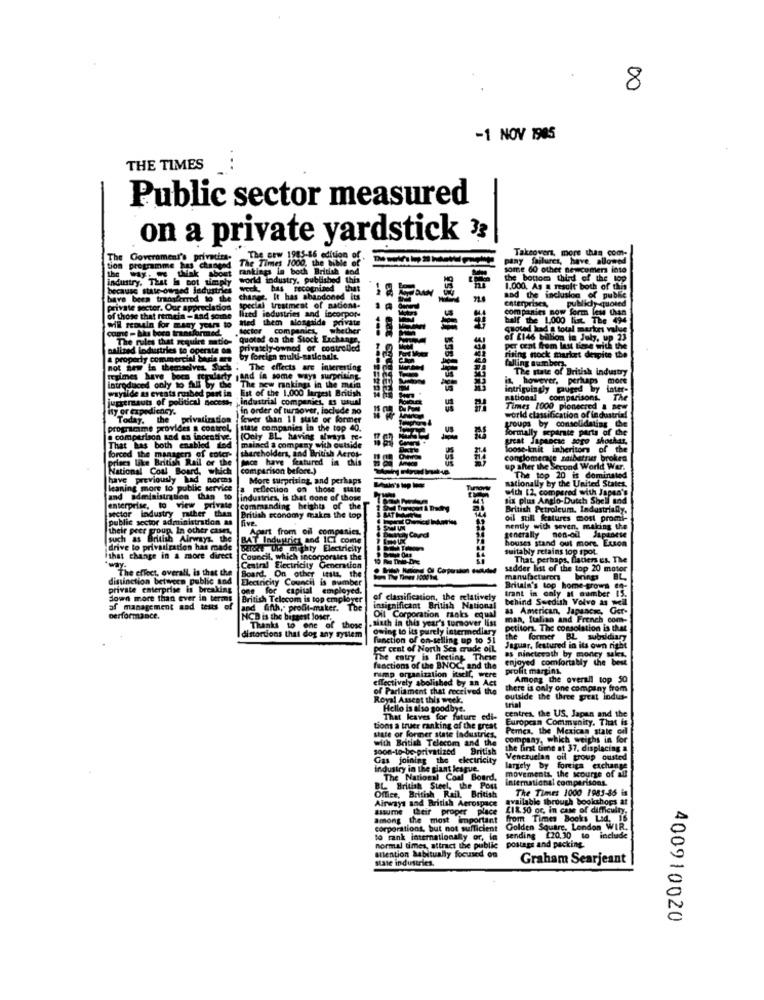
8
-1 NOV 1985
THE TIMES
Public sector measured
on a private yardstick 33
The Bew 1985-16 edition
Takeovers, more than com-
The Government's privatin.
The
pany failures, have. allowed
tion programme has changed
the way. we think about
The Times 1000, the bible
rankings in both British sod
some 60 other newcomer into
industry. That Is cot timply
world industry, published this
the bottom third of the top
because state-owned Jedustries
WodL bas recognined that
1.000, As a result both of this
bave been transferred to the change. it has abandoned its
ER
nad the inclusion of public
enterprises,
publidy-quoted
private sector. Our appreciation
special treatment of nations-
companies now form leu thap
of those that remain -and some
lized industries and incorpor-
Med them alongside private
half the 1,000 list. The 494
come - bas boro transformed
will remain for many years to
docter companies,
whether
---
quoted had a total merkes value
The rules that require natio- quoted on the Stock Exchange,
of [146 billion in July, up 23
palized lodustries to operate on
ivately -owned of controlled
per cent from last time with the
a properly commercial bade are
by foreign multi-nationals.
rising nock market despite the
falling number).
not Sew in themselves Such
The effects are interesting
The state of British industry
regimes have been regularly ,and in some ways surprising
it however, perhaps more
wayalde as events rushed part in Est of the 1.000 largest British
introduced only to All by the "The new makings in the main
intriguingly puged by inter-
jugeraauts of political necess, industrial companies, as usual
national comparison
The
Ny or expediency.
iin order of turnover, include no
Times 1000 pioneered & new
world classification of industrial
Today, the privatization
fewer than 11 state or former
programme provides a control,
state companies in the top 40.
groups by consolidating the
formally separate parts of the
a comparison and an incentive.
(Only BL, having always Me-
great Japascac soro shoshar,
That has both enabled find
shareholders, and British Aeros-
mained & company with outside
loose-knit inheritors of the
forced the manager of color-
prises like British Rail or the
face have featured in this
assi sil ussiisis ss ssss
conglomerate zaiberrus broken
National Coal Board, which
comparison before.)
up after the Second World War.
have previously had norms
More surprising, and perhaps
nationally by the United States,
The top 20 is dominated
leaning more to public service
a reflection on those state
with [2, compared with Japan's
and administration than to
industries, is that none of those
six plus Anglo-Dutch Shell and
enterprise, to view private
sector industry rather than
commanding height of the
British Economy makra the top
British Petroleum. Industrialy.
public sector administration as
five.
oil still features most promi-
their peer group. In other cases,
Apart from oil companies,
generally nen-oil Japanese
mently with seven, making the
such as British
Ardish Airways the
BAT Industrict and ICI come
houses stand out more. Exson
drive lo privatization has made
DETokE The mighty Electricity
suitably retains top spot
that change in a more direct
Council, which incorporates the
That perhaps, flatiers es. The
way.
The effect, overall, is that the
Central Electricity Generation
sadder list of the top 20 motor
distinction between public and
Board. On other Its4, the
manufacturers
private enterprise is breaking
one for capital employed.
Council
Britain's top home-grown en-
trant in only a number 15.
down more than ever in terms
British Telecom is top employs
of classification, the relatively
behind Swedish Volvo as we
of management and tests of
and finth," profit-maker. The
insignificant British National
as American, Japanese, Ger-
performance.
NCD is the biggest loser.
,siuch in this year's turnover list
Oil Corporation maks equal
man, Italian and French com-
Thanks to one of those
owing to its purely intermediary
petiton The consolation is that
distortions that dog any system
fanction of on-selling up to 51
the former BL subsidiary
per cent of North Sea crude oil
Jaguar, featured in its own right
The entry is fleeting These
enjoyed comfortably the best
es ninctesath by moncy sais.
functions of the BNOC, and the
rump organization itself, were
profit margins.
effectively abolished by an Act
Among the overall top 50
of Parliament that received the
there is only one company from
Royal Assent this week.
outside the three great indus-
Hello is also goodbye.
trial
centres, the US, Japan and the
That leaves for future edi-
European Community. That is
tions a truer ranking of the great
Perca, the Mexican state oil
state or former state industries,
with British Telecom and the
company, which weighs in for
soon-to-be-privatized
British
the first time at 37, displacing a
Gas joining the electricity
Venezuelan oil group ousted
industry in the giant league.
largely by foreign exchange
The National Coal Board,
movements the scourge of all
international comparisons
The Times 1000 1985-86 is
available through bookshops at
Airways and British Aerospace
Lasume their proper place
EI8 50 or, in case of difficulty.
among the most important
from Times Books Lad. 16
corporations, but not sufficient
Golden Square, London WI
to rank internationally or, in
postage and packing.
sending [20.30 to include
normal times, attract the public
state industries.
Biention habitually focused on
Graham Searjeant
400910020